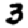
Digit: 3